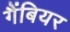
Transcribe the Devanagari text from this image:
गैंबियर